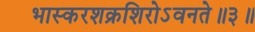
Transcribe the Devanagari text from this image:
भास्करशक्रशिरोऽवनते॥३॥